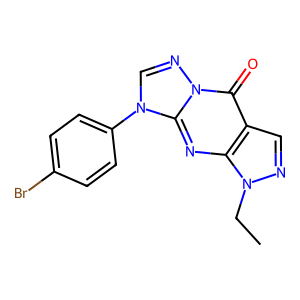
SMILES: CCn1ncc2c(=O)n3ncn(-c4ccc(Br)cc4)c3nc21
Inhibits HIV replication: No